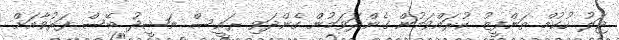
ޖަލު ހުކުމް ތަންފީޒު ކުރައްވަމުން ގެންދަވަމުން ގެންދަވި ރައީސް ނަޝީދު ބޭސް ފަރުވާއަށް